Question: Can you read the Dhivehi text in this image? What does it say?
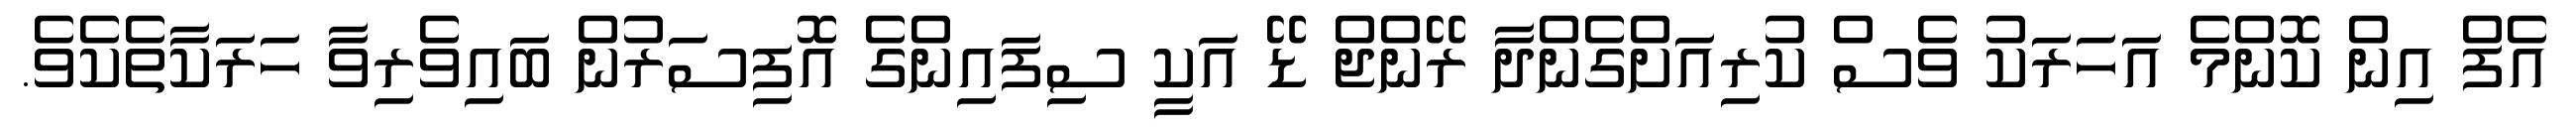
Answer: އެފް އިން ކޮންމެ އަހަރަކު ވެސް ކުރިއަށްގެންދާ ރޭންޖް ޑޭ އަކީ ސިފައިންގެ އޮފިސަރުން ބައިވެރިވާ ހަރަކާތެކެވެ.